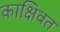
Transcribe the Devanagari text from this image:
काक्षिवत